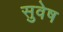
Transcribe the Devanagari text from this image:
सुवेष